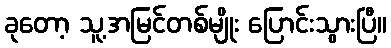
ခုတော့ သူ့အမြင်တစ်မျိုး ပြောင်းသွားပြီ။